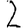
Digit: 2